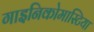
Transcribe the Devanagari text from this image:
गाइनिकोमास्टिया